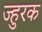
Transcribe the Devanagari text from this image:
ज्हुरक